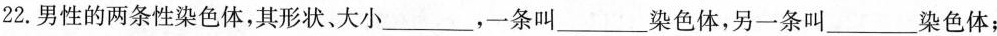
22.男性的两条性染色体，其形状。大小___，一条叫___染色体，另一条叫___染色体；